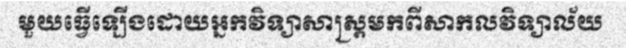
មួយធ្វើឡើងដោយអ្នកវិទ្យាសាស្ត្រមកពីសាកលវិទ្យាល័យ